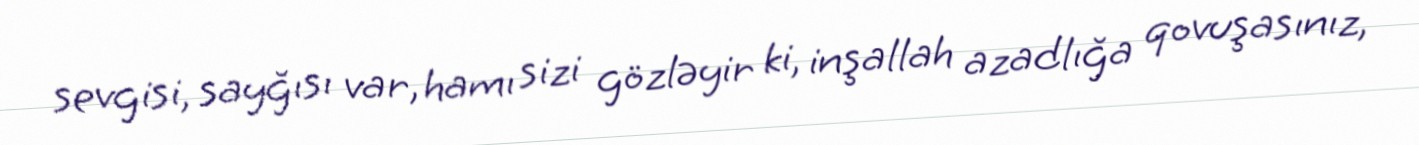
sevgisi, sayğısı var, hamı sizi gözləyir ki, inşallah azadlığa qovuşasınız,